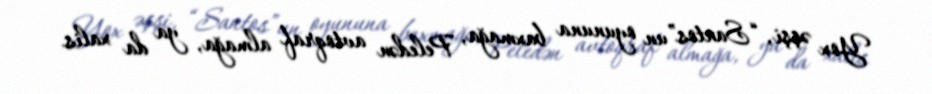
Yox əşşi, “Santos”un oyununa baxmağa, Peledən avtoqraf almağa, ya da xalis